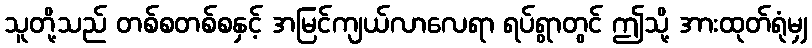
သူတို့သည် တစ်စတစ်စနှင့် အမြင်ကျယ်လာလေရာ ရပ်ရွာတွင် ဤသို့ အားထုတ်ရုံမျှ